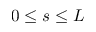
0 \le s \le L